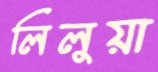
লিলুয়া